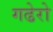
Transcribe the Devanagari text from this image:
गढेरो